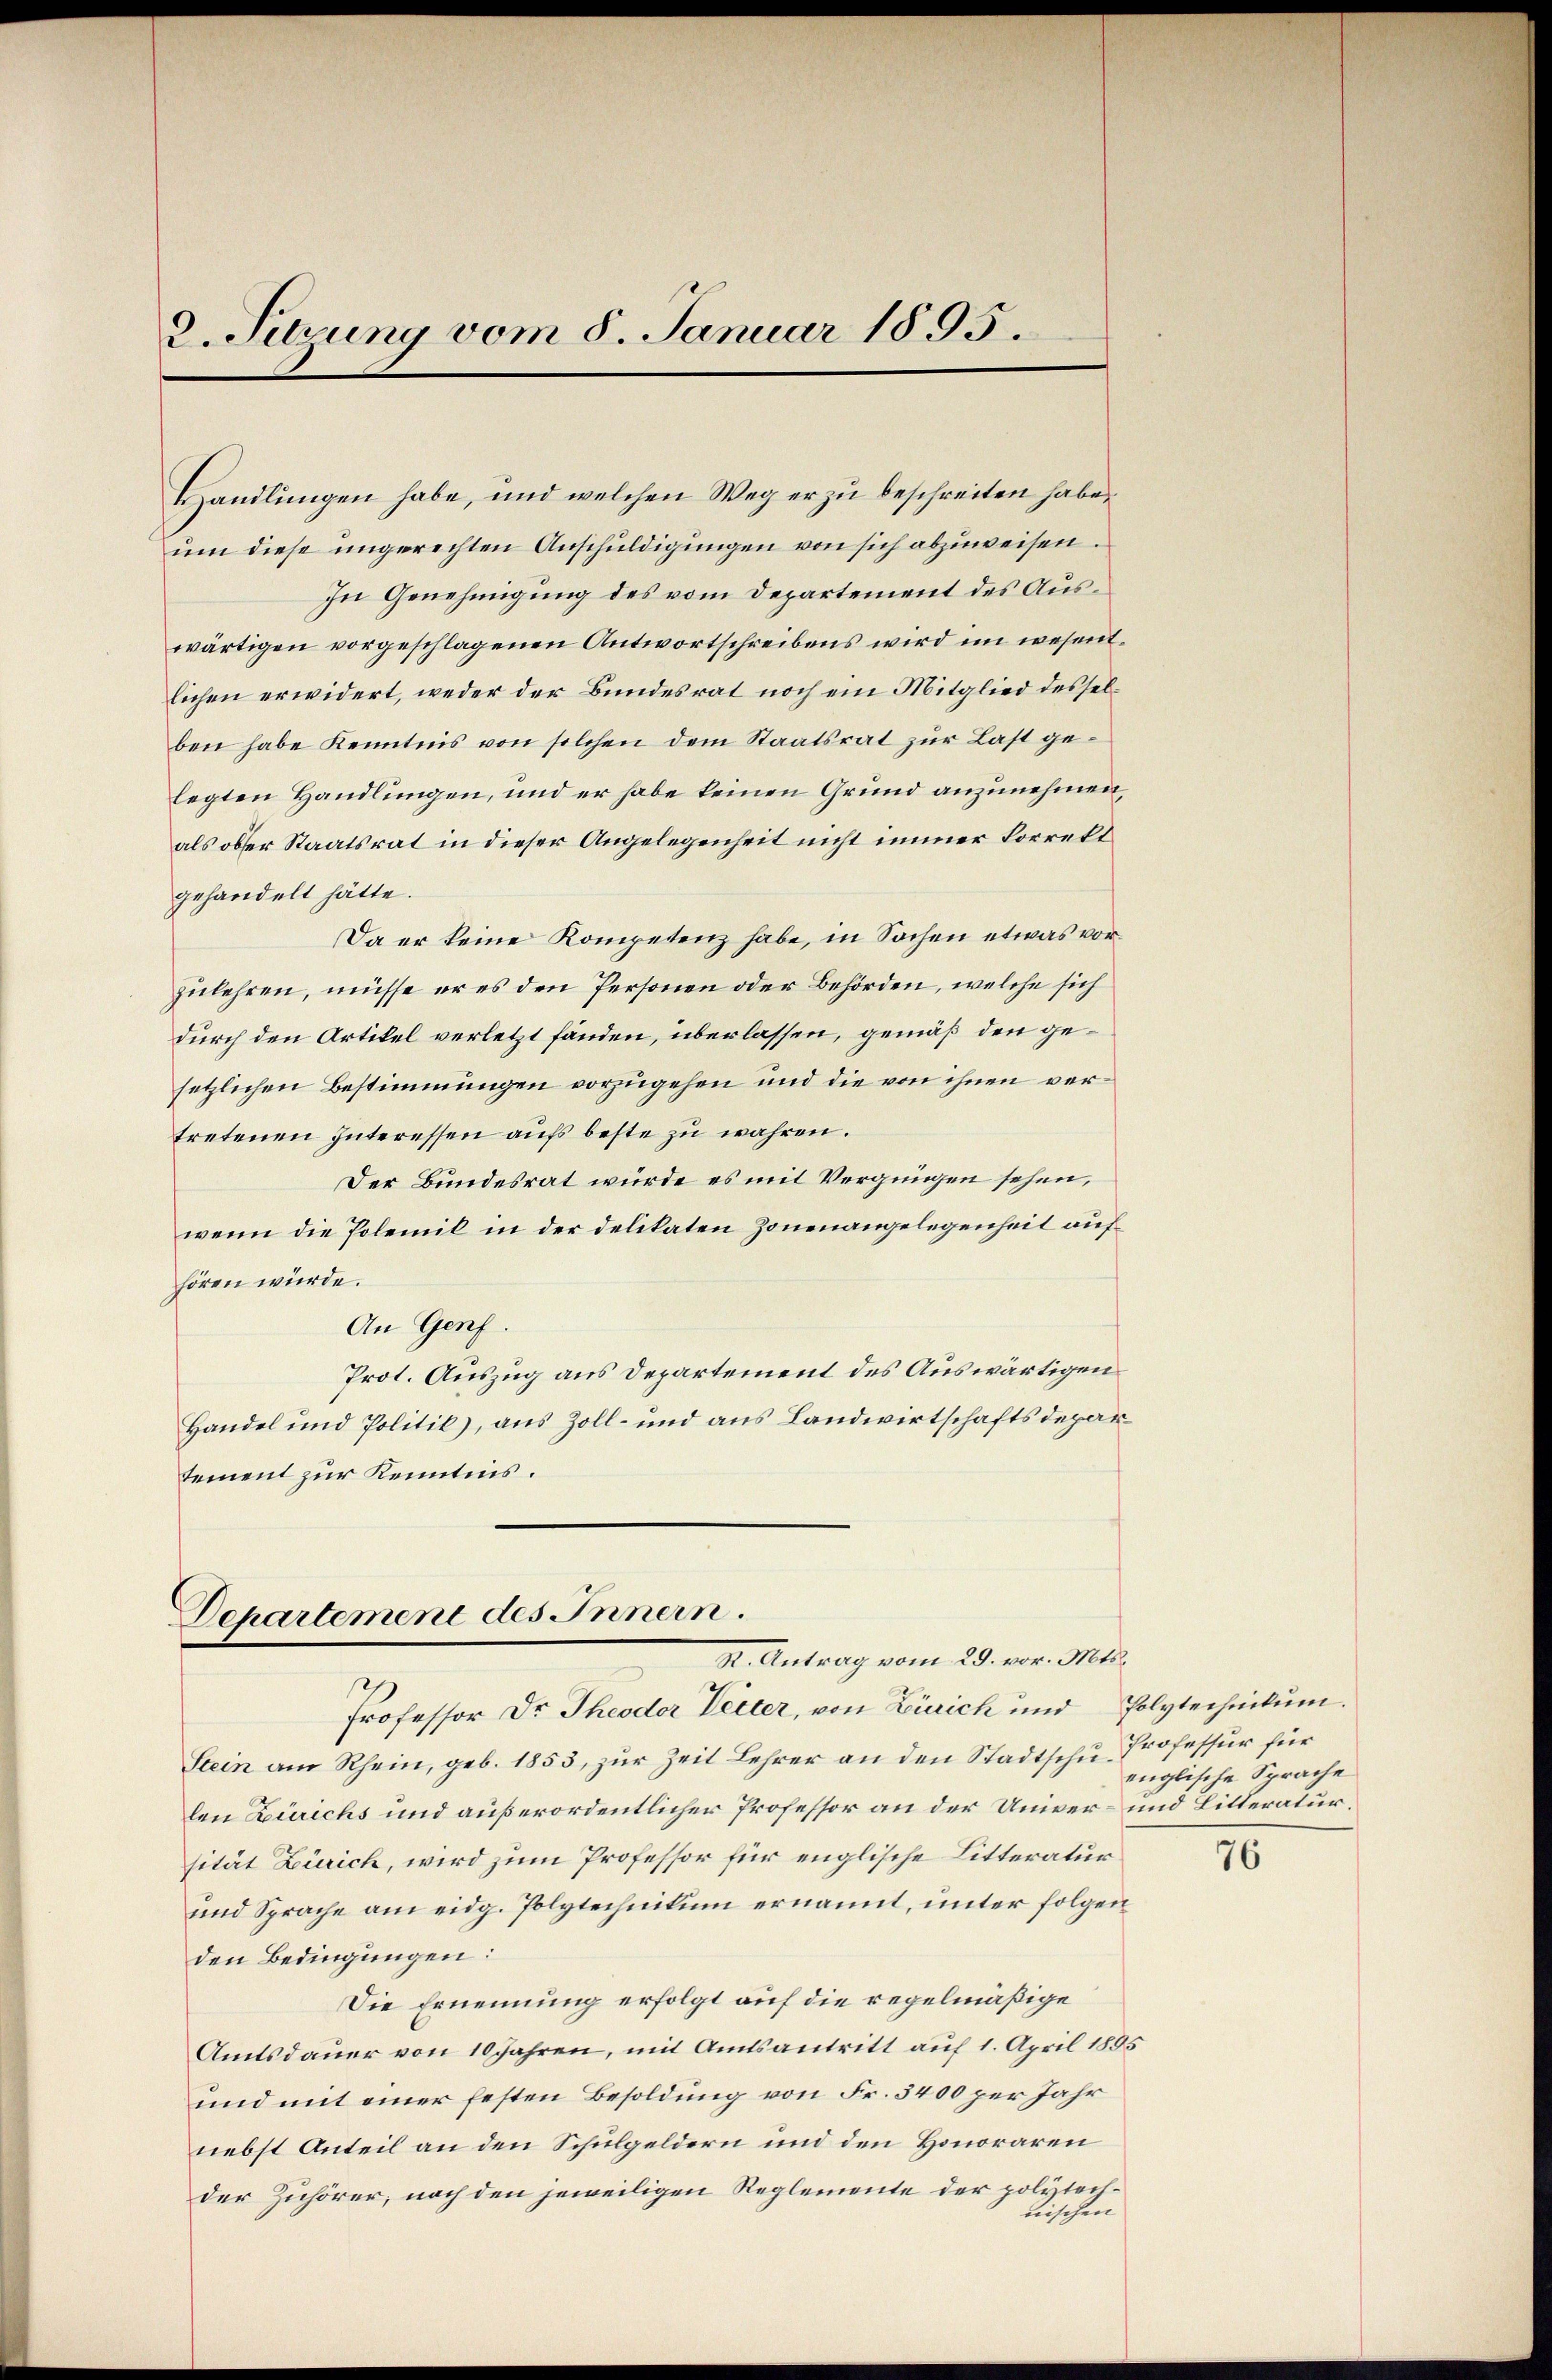
2. Setzung vom 8. Januar 1895.

Handlungen habe, und welchen Weg er zu beschreiten habe,
um diese ungerechten Anschuldigungen von sich abzuweisen.
In Genehmigung des vom Departement des Auswärtigen vorgeschlagenen Antwortschreibens wird im wesentlichen erwidert, weder der Bundesrat noch ein Mitglied desselben habe Kenntnis von solchen dem Staatsrat zur Last gelegten Handlungen, und er habe keinen Grund anzunehmen,
als obser Staatsrat in dieser Angelegenheit nicht immer korrekt
gehandelt hätte.
Da er keine Kompetenz habe, in Sachen etwas vorzulehren, müsse er es den Personen oder Behörden, welche sich
durch den Artikel verletzt fänden, überlassen, gemäß den gesetzlichen Bestimmungen vorzugehen und die von ihnen vertretenen Interessen aufs beste zu wahren.
Der Bundesrat wurde es mit Vergnügen sehen,
wenn die Polemik in der delikaten Zonenangelegenheit auf
hören würde.
An Genf.
Prot. Auszug aus Departement des Auswärtigen
Handel und Politik), aus Zoll- und aus Landwirtschaftsdepartement zur Kenntnis.

Departement des Innern.
R. Antrag vom 29. vor. Mts.

Professor Dr. Theodor Vetter, von Zürich und Polytechnikum.
Stein am Rhein, geb. 1853, zur Zeit Lehrer an den Stadtschu-Professur für
len Zürichs und außerordentlicher Professor an der Univer- und Litteratursität Zürich, wird zum Professor für englische Litteratur¬
und Sprache am eidg. Polytechnikum ernannt, unter folgen
den Bedingungen:
Die Ernennung erfolgt auf die regelmäßige
Amtsdauer von 10 Jahren, mit Amtsantritt auf 1. April 1895
und mit einer festen Besoldung von Fr. 3400 per Jahr
nebst Anteil an den Schulgeldern und den Honoraren
der Zuhörer; nach den jeweiligen Reglemente der polytechnischen

englische Sprache

76